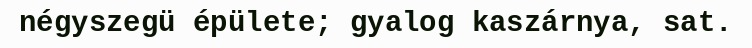
négyszegü épülete; gyalog kaszárnya, sat.